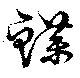
鰈